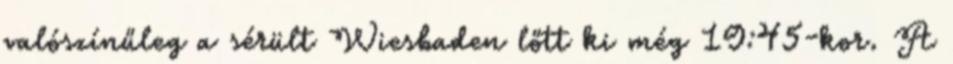
valószínűleg a sérült Wiesbaden lőtt ki még 19:45-kor. A